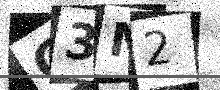
Text: G3M2